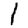
Digit: 1